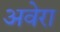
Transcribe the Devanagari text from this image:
अवेरा